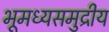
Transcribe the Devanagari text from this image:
भूमध्यसमुद्रीय